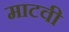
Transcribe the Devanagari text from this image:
माटवी